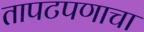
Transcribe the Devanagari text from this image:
तापटपणाचा